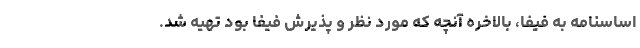
اساسنامه به فیفا، بالاخره آنچه که مورد نظر و پذیرش فیفا بود تهیه شد‌.